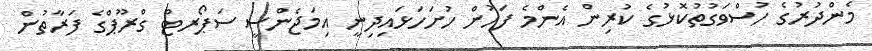
މެންދުރުގެ ހުސްވަގުތުކޮޅުގެ ކުރިން އެންމެ ފަހުން ހުށަހަޅައިދިނީ އިމަޖެންސީ ސަޕޯރޓް ގްރޫޕްގެ ފަރާތުން